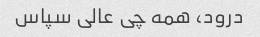
درود، همه چی عالی سپاس